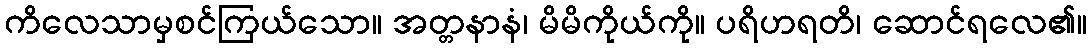
ကိလေသာမှစင်ကြယ်သော။ အတ္တနာနံ၊ မိမိကိုယ်ကို။ ပရိဟရတိ၊ ဆောင်ရလေ၏။